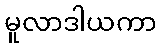
မူလာဒါယကာ